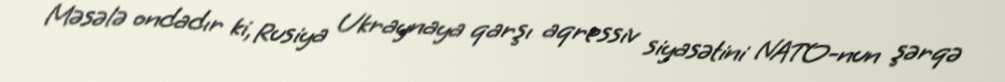
Məsələ ondadır ki, Rusiya Ukraynaya qarşı aqressiv siyasətini NATO-nun şərqə